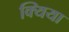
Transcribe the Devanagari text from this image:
क्यिया